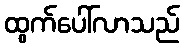
ထွက်ပေါ်လာသည်